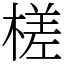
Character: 槎